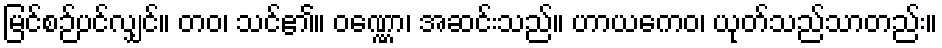
မြင်စဉ်ပင်လျှင်။ တဝ၊ သင်၏။ ဝဏ္ဏော၊ အဆင်းသည်။ ဟာယကေဝ၊ ယုတ်သည်သာတည်း။